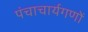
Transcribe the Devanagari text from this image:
पंचाचार्यगणों